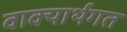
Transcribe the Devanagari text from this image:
वाक्यार्थगत